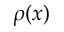
\rho ( x )